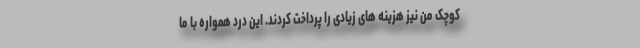
کوچک من نیز هزینه ‌های زیادی را پرداخت کردند. این درد همواره با ما